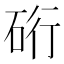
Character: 𮀖